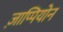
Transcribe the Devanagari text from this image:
ज़ाप्पियोन